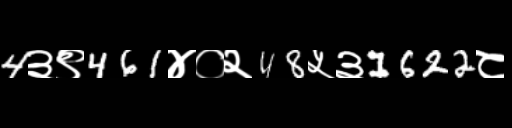
Text: 4३९461४०२48५३1622८